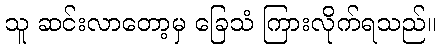
သူ ဆင်းလာတော့မှ ခြေသံ ကြားလိုက်ရသည်။